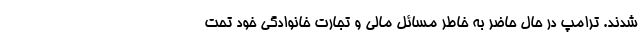
شدند. ترامپ در حال حاضر به خاطر مسائل مالی و تجارت خانوادگی خود تحت